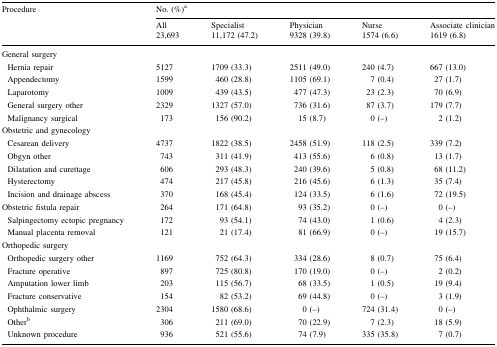
<table><thead><tr><td rowspan="3"><b>Procedure</b></td><td colspan="5"><b>No. (%)<sup>a</sup></b></td></tr><tr><td><b>All</b></td><td><b>Specialist</b></td><td><b>Physician</b></td><td><b>Nurse</b></td><td><b>Associate clinician</b></td></tr><tr><td><b>23,693</b></td><td><b>11,172 (47.2)</b></td><td><b>9328 (39.8)</b></td><td><b>1574 (6.6)</b></td><td><b>1619 (6.8)</b></td></tr></thead><tbody><tr><td colspan="6">General surgery</td></tr><tr><td> Hernia repair</td><td>5127</td><td>1709 (33.3)</td><td>2511 (49.0)</td><td>240 (4.7)</td><td>667 (13.0)</td></tr><tr><td> Appendectomy</td><td>1599</td><td>460 (28.8)</td><td>1105 (69.1)</td><td>7 (0.4)</td><td>27 (1.7)</td></tr><tr><td> Laparotomy</td><td>1009</td><td>439 (43.5)</td><td>477 (47.3)</td><td>23 (2.3)</td><td>70 (6.9)</td></tr><tr><td> General surgery other</td><td>2329</td><td>1327 (57.0)</td><td>736 (31.6)</td><td>87 (3.7)</td><td>179 (7.7)</td></tr><tr><td> Malignancy surgical</td><td>173</td><td>156 (90.2)</td><td>15 (8.7)</td><td>0 (–)</td><td>2 (1.2)</td></tr><tr><td colspan="6">Obstetric and gynecology</td></tr><tr><td> Cesarean delivery</td><td>4737</td><td>1822 (38.5)</td><td>2458 (51.9)</td><td>118 (2.5)</td><td>339 (7.2)</td></tr><tr><td> Obgyn other</td><td>743</td><td>311 (41.9)</td><td>413 (55.6)</td><td>6 (0.8)</td><td>13 (1.7)</td></tr><tr><td> Dilatation and curettage</td><td>606</td><td>293 (48.3)</td><td>240 (39.6)</td><td>5 (0.8)</td><td>68 (11.2)</td></tr><tr><td> Hysterectomy</td><td>474</td><td>217 (45.8)</td><td>216 (45.6)</td><td>6 (1.3)</td><td>35 (7.4)</td></tr><tr><td> Incision and drainage abscess</td><td>370</td><td>168 (45.4)</td><td>124 (33.5)</td><td>6 (1.6)</td><td>72 (19.5)</td></tr><tr><td>Obstetric fistula repair</td><td>264</td><td>171 (64.8)</td><td>93 (35.2)</td><td>0 (–)</td><td>0 (–)</td></tr><tr><td> Salpingectomy ectopic pregnancy</td><td>172</td><td>93 (54.1)</td><td>74 (43.0)</td><td>1 (0.6)</td><td>4 (2.3)</td></tr><tr><td> Manual placenta removal</td><td>121</td><td>21 (17.4)</td><td>81 (66.9)</td><td>0 (–)</td><td>19 (15.7)</td></tr><tr><td colspan="6">Orthopedic surgery</td></tr><tr><td> Orthopedic surgery other</td><td>1169</td><td>752 (64.3)</td><td>334 (28.6)</td><td>8 (0.7)</td><td>75 (6.4)</td></tr><tr><td> Fracture operative</td><td>897</td><td>725 (80.8)</td><td>170 (19.0)</td><td>0 (–)</td><td>2 (0.2)</td></tr><tr><td> Amputation lower limb</td><td>203</td><td>115 (56.7)</td><td>68 (33.5)</td><td>1 (0.5)</td><td>19 (9.4)</td></tr><tr><td> Fracture conservative</td><td>154</td><td>82 (53.2)</td><td>69 (44.8)</td><td>0 (–)</td><td>3 (1.9)</td></tr><tr><td> Ophthalmic surgery</td><td>2304</td><td>1580 (68.6)</td><td>0 (–)</td><td>724 (31.4)</td><td>0 (–)</td></tr><tr><td> Other<sup>b</sup></td><td>306</td><td>211 (69.0)</td><td>70 (22.9)</td><td>7 (2.3)</td><td>18 (5.9)</td></tr><tr><td> Unknown procedure</td><td>936</td><td>521 (55.6)</td><td>74 (7.9)</td><td>335 (35.8)</td><td>7 (0.7)</td></tr></tbody></table>